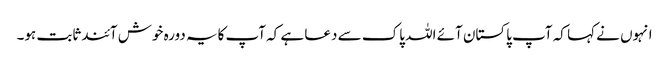
انہوں نے کہا کہ آپ پاکستان آئے اللہ پاک سے دعا ہے کہ آپ کایہ دورہ خوش آئندثابت ہو۔